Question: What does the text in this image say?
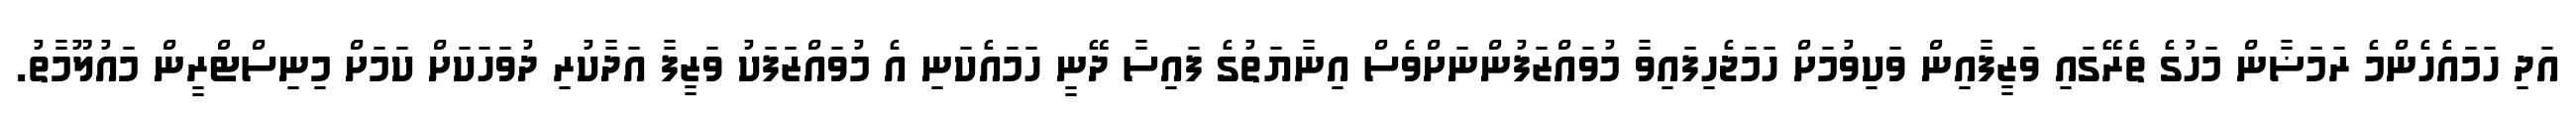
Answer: އަދި ހަމައެހެންމެ ރަމަޟާން މަހުގެ ތެރޭގައި ވަޒީފާއިން ވަކިވުމަށް ހަމަޖެހިފައިވާ މުވައްޒަފުންނަށްވެސް އިނާޔަތުގެ ފައިސާ ދޭނީ ހަމައެކަނި އެ މުވައްޒަފަކު ވަޒީފާ އަދާކުރި ދުވަހަކަށް ކަމަށް މިނިސްޓްރީން މައުލޫމާތު.